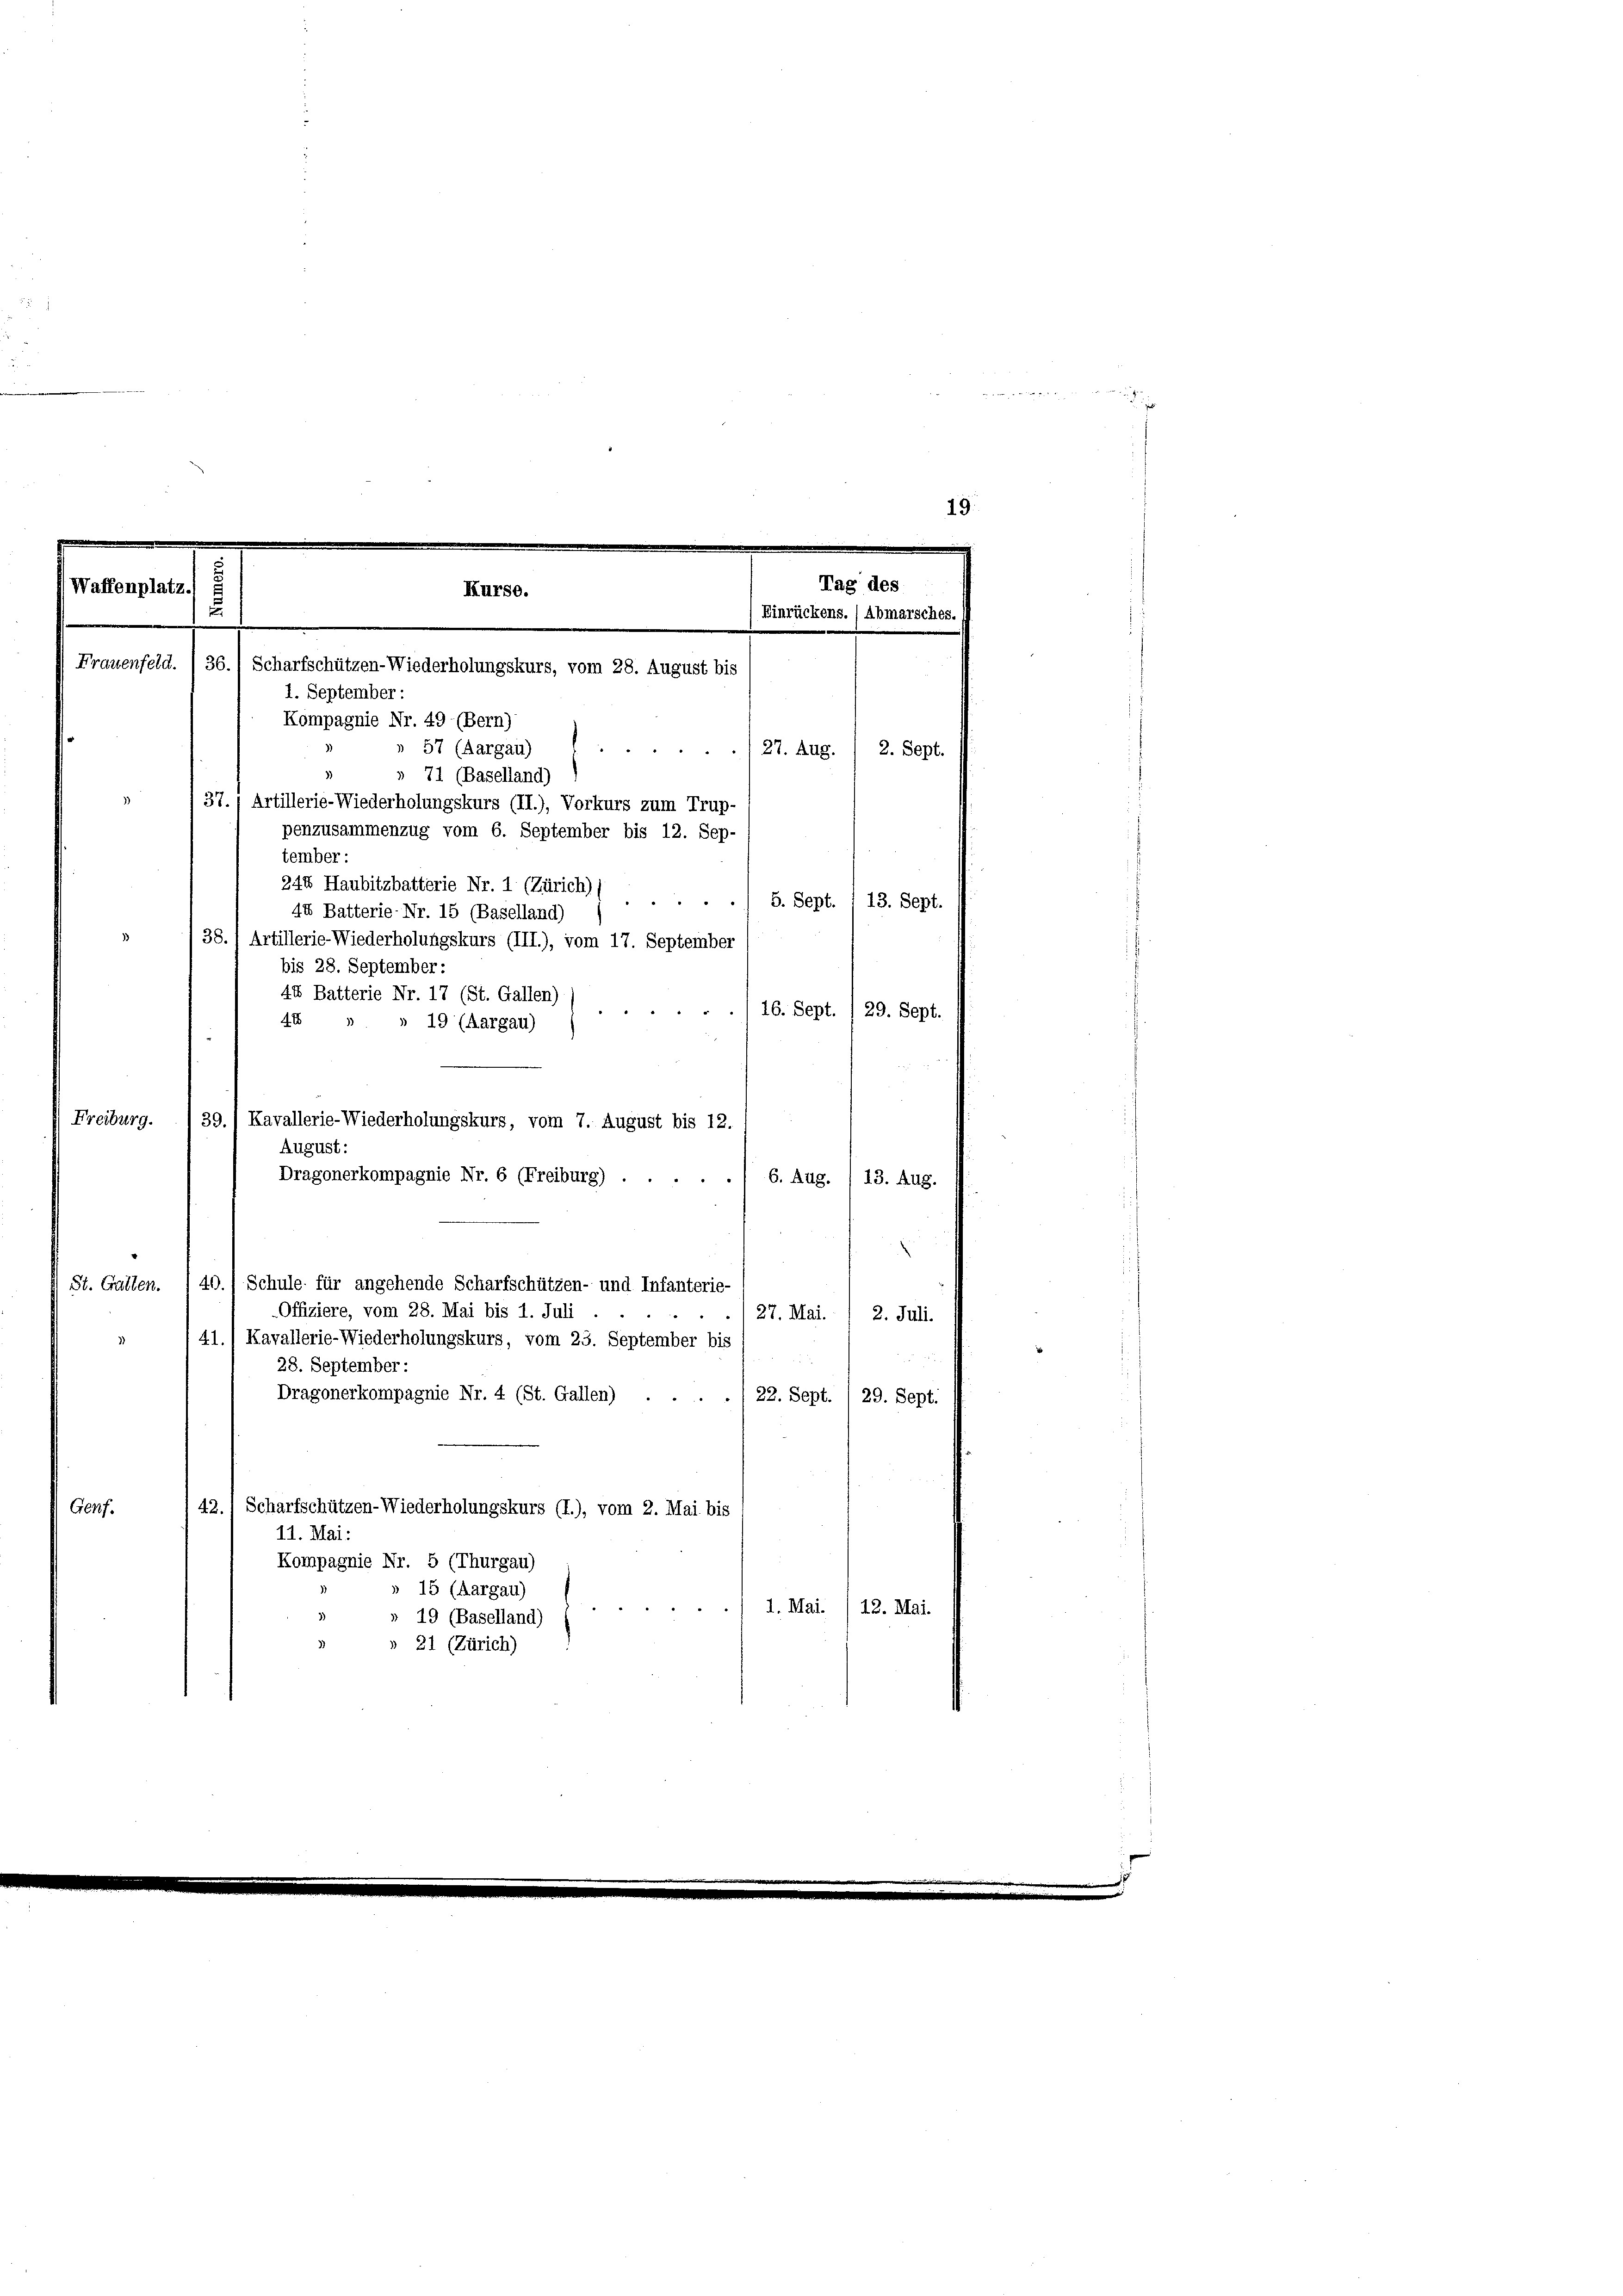
19.

St. Gallen. / 40.) Schule für angehende Scharfschützen- und Infanterie-
-Offiziere, vom 28. Mai bis 1. Juli
27. Mai.
2. Juli.
41., Kavallerie-Wiederholungskurs, vom 23. September bis

28. September:
Dragonerkompagnie Nr. 4 (St. Gallen)
22. Sept. / 29. Sept.
42.) Scharfschützen-Wiederholungskurs (I.), vom 2. Mai bis
Genf.
11. Mai:
Kompagnie Nr. 5 (Thurgau)
» 15 (Aargau)

1. Mai. /12. Mai.
 19 (Baselland)
» 21 (Zürich)

Tag des
Waffenplatz,
Kurse.
.
Einrückens. (Abmarsches.
Frauenfeld. /36.) Scharfschützen-Wiederholungskurs, vom 28. August bis
1. September:
Kompagnie Nr. 49 (Bern)
» 57 (Aargau)
» 71 (Baselland)
37.) Artillerie-Wiederholungskurs (II.), Vorkurs zum Trup-
penzusammenzug vom 6. September bis 12. Sep.
tember:
248 Haubitzbatterie Nr. 1 (Zürich)
44 Batterie- Nr. 15 (Baselland)
38. 1 Artillerie-Wiederholungskurs (III.), vom 17. September
bis 28. September:
44 Batterie Nr. 17 (St. Gallen)
16. Sept. /29. Sept.
8
4x
 19 (Aargau)
Freiburg. 139./ Kavallerie-Wiederholungskurs, vom 7. August bis 12.
August:
Dragonerkompagnie Nr. 6 (Freiburg) . . . . . 6. Aug. / 13. Aug.

2. Sept.
27. Aug.
5. Sept. 1 13. Sept.